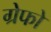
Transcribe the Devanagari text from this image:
ग्रेफो